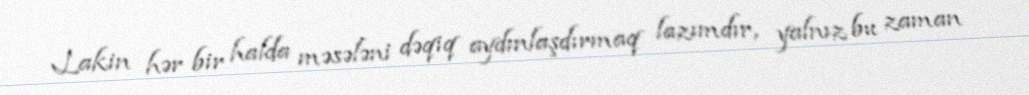
Lakin hər bir halda məsələni dəqiq aydınlaşdırmaq lazımdır, yalnız bu zaman